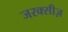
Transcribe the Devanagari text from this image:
जरक्सीज़